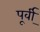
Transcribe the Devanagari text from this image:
पूर्वी्